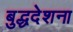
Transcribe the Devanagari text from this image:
बुद्धदेशना